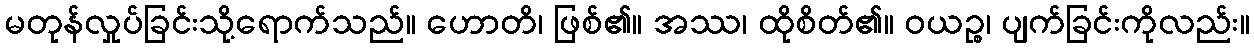
မတုန်လှုပ်ခြင်းသို့ရောက်သည်။ ဟောတိ၊ ဖြစ်၏။ အဿ၊ ထိုစိတ်၏။ ဝယဉ္စ၊ ပျက်ခြင်းကိုလည်း။